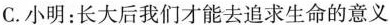
C.小明：长大后我们才能去追求生命的意义